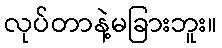
လုပ်တာနဲ့မခြားဘူး။